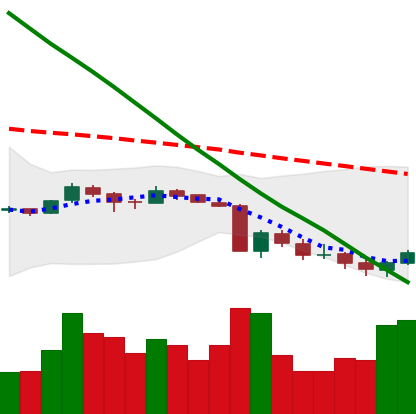
Ticker: XRP-USD
Chart end date: 2018-09-13
Forward return: 14.711%
Label: up_7plus